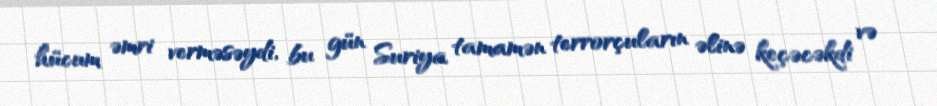
hücum əmri verməsəydi, bu gün Suriya tamamən terrorçuların əlinə keçəcəkdi və